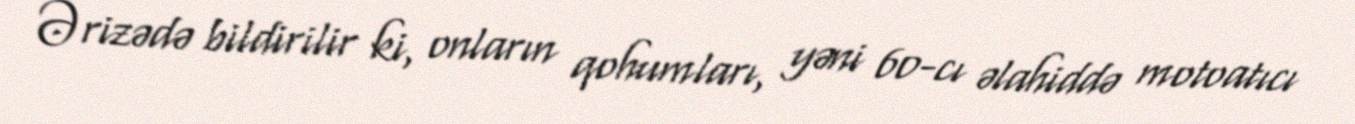
Ərizədə bildirilir ki, onların qohumları, yəni 60-cı əlahiddə motoatıcı